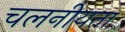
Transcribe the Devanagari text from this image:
चलनीयता